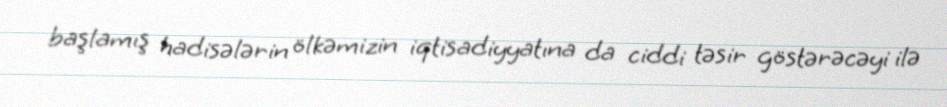
başlamış hadisələrin ölkəmizin iqtisadiyyatına da ciddi təsir göstərəcəyi ilə